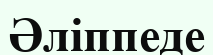
Әліппеде